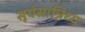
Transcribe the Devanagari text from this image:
सूर्यसान्निध्य